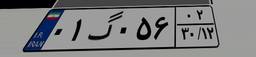
۰۱گ۰۵۶۰۲